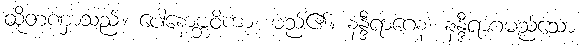
ထိုတဏှာသည်။ ပေါနောဗ္ဘဝိကာ၊ မည်၏။ နန္ဒီရာဂေန၊ နန္ဒီရာဂမည်သော